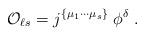
LaTeX: \begin{align*} {\cal O}_{\ell s} = j^{\{\mu_1\cdots\mu_s\}}\;\phi^\delta \;.\end{align*}